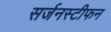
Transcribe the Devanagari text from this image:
सर्जनस्टीफन